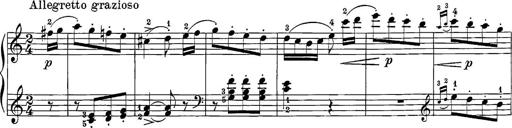
Title: 12 Sonatine per Pianoforte
Composer: Friedrich Kuhlau